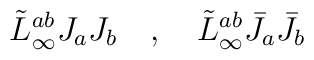
\tilde{L}^{ab}_\infty J_a J_b\quad, \quad \tilde{L}^{ab}_\infty \bar{J}_a \bar{J}_b